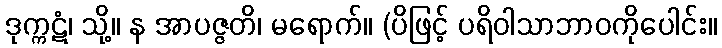
ဒုက္ကဋံ၊ သို့။ န အာပဇ္ဇတိ၊ မရောက်။ (ပိဖြင့် ပရိဝါသာဘာဝကိုပေါင်း။